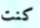
كنت